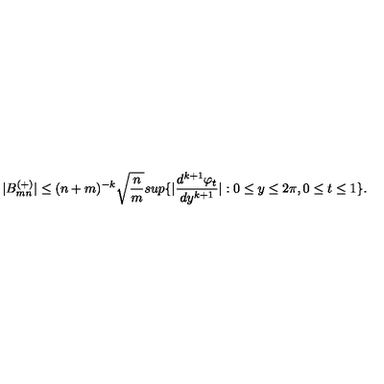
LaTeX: | B _ { m n } ^ { ( + ) } | \leq ( n + m ) ^ { - k } \sqrt { { \frac { n } { m } } } s u p \{ | { \frac { d ^ { k + 1 } \varphi _ { t } } { d y ^ { k + 1 } } } | : 0 \leq y \leq 2 \pi , 0 \leq t \leq 1 \} .